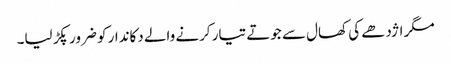
مگر اژدھے کی کھال سے جوتے تیار کرنے والے دکاندار کو ضرور پکڑ لیا۔